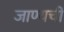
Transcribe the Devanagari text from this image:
जाण्यची